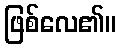
ဖြစ်လေ၏။